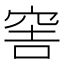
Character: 𥥭